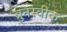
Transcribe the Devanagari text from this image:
ब्रुनस्वीक